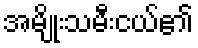
အမျိုးသမီးငယ်၏